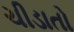
ચીડાતો